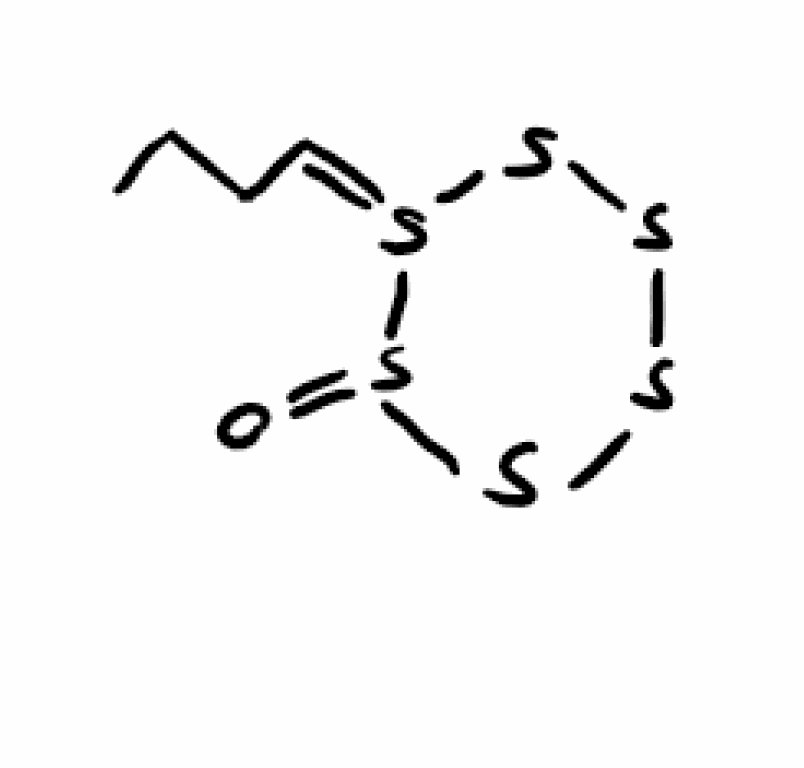
Simplified molecular-input line-entry system (SMILES) notation of the given molecule:
CCC/C=S\1/SSSSS1=O